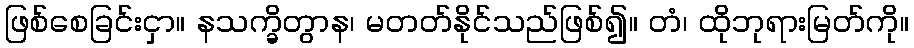
ဖြစ်စေခြင်းငှာ။ နသက္ခိတွာန၊ မတတ်နိုင်သည်ဖြစ်၍။ တံ၊ ထိုဘုရားမြတ်ကို။